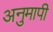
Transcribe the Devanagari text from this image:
अनुमापी